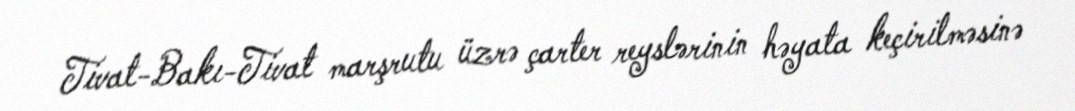
Tivat-Bakı-Tivat marşrutu üzrə çarter reyslərinin həyata keçirilməsinə